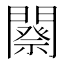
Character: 𨶋